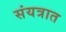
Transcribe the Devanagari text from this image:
संयत्रात